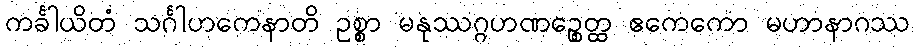
ကင်္ခါယိတံ သင်္ဂါဟကေနာတိ ဥစ္စာ မနုဿဂ္ဂဟဏဉ္စေတ္ထ ဧကေကော မဟာနာဂဿ